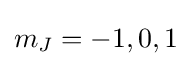
m_{J}=-1,0,1